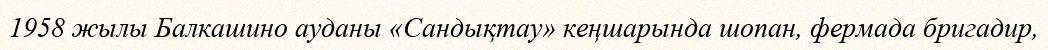
1958 жылы Балкашино ауданы «Сандықтау» кеңшарында шопан, фермада бригадир,